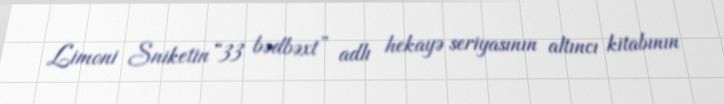
Limoni Sniketin “33 bədbəxt” adlı hekayə seriyasının altıncı kitabının